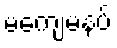
မကျေမနပ်